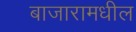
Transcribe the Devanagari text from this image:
बाजारामधील